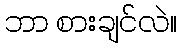
ဘာ စားချင်လဲ။